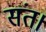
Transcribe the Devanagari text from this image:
संत।